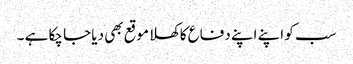
سب کو اپنے اپنے دفاع کاکھلا موقع بھی دیا جا چکا ہے ۔